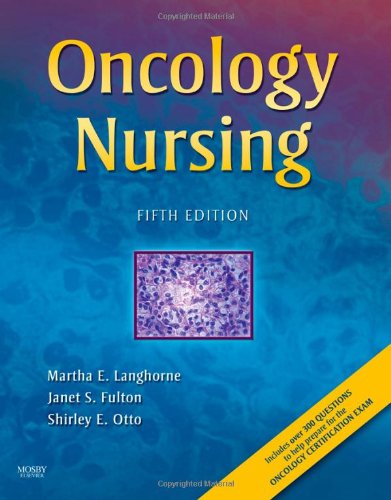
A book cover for Oncology Nursing, 5e; Martha Langhorne MSN  RN  FNP  AOCN; Medical Books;